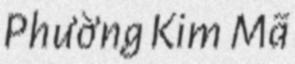
Phường Kim Mã